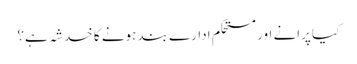
کیا پرانے اور مستحکم ادارے بند ہونے کا خدشہ ہے؟